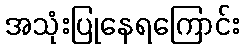
အသုံးပြုနေရကြောင်း